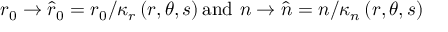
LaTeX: r _ { 0 } \rightarrow \widehat { r } _ { 0 } = r _ { 0 } / \kappa _ { r } \left( r , \theta , s \right) \mathrm { a n d ~ } n \rightarrow \widehat { n } = n / \kappa _ { n } \left( r , \theta , s \right)